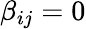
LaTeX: \beta_{ij}=0